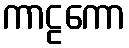
ကာဠကော